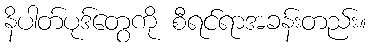
နိပါတ်ပုဒ်တွေကို စီရင်ရာအခန်းတည်း။